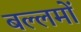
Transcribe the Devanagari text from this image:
बल्लमों